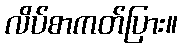
လိပ်စာကတ်ပြား။